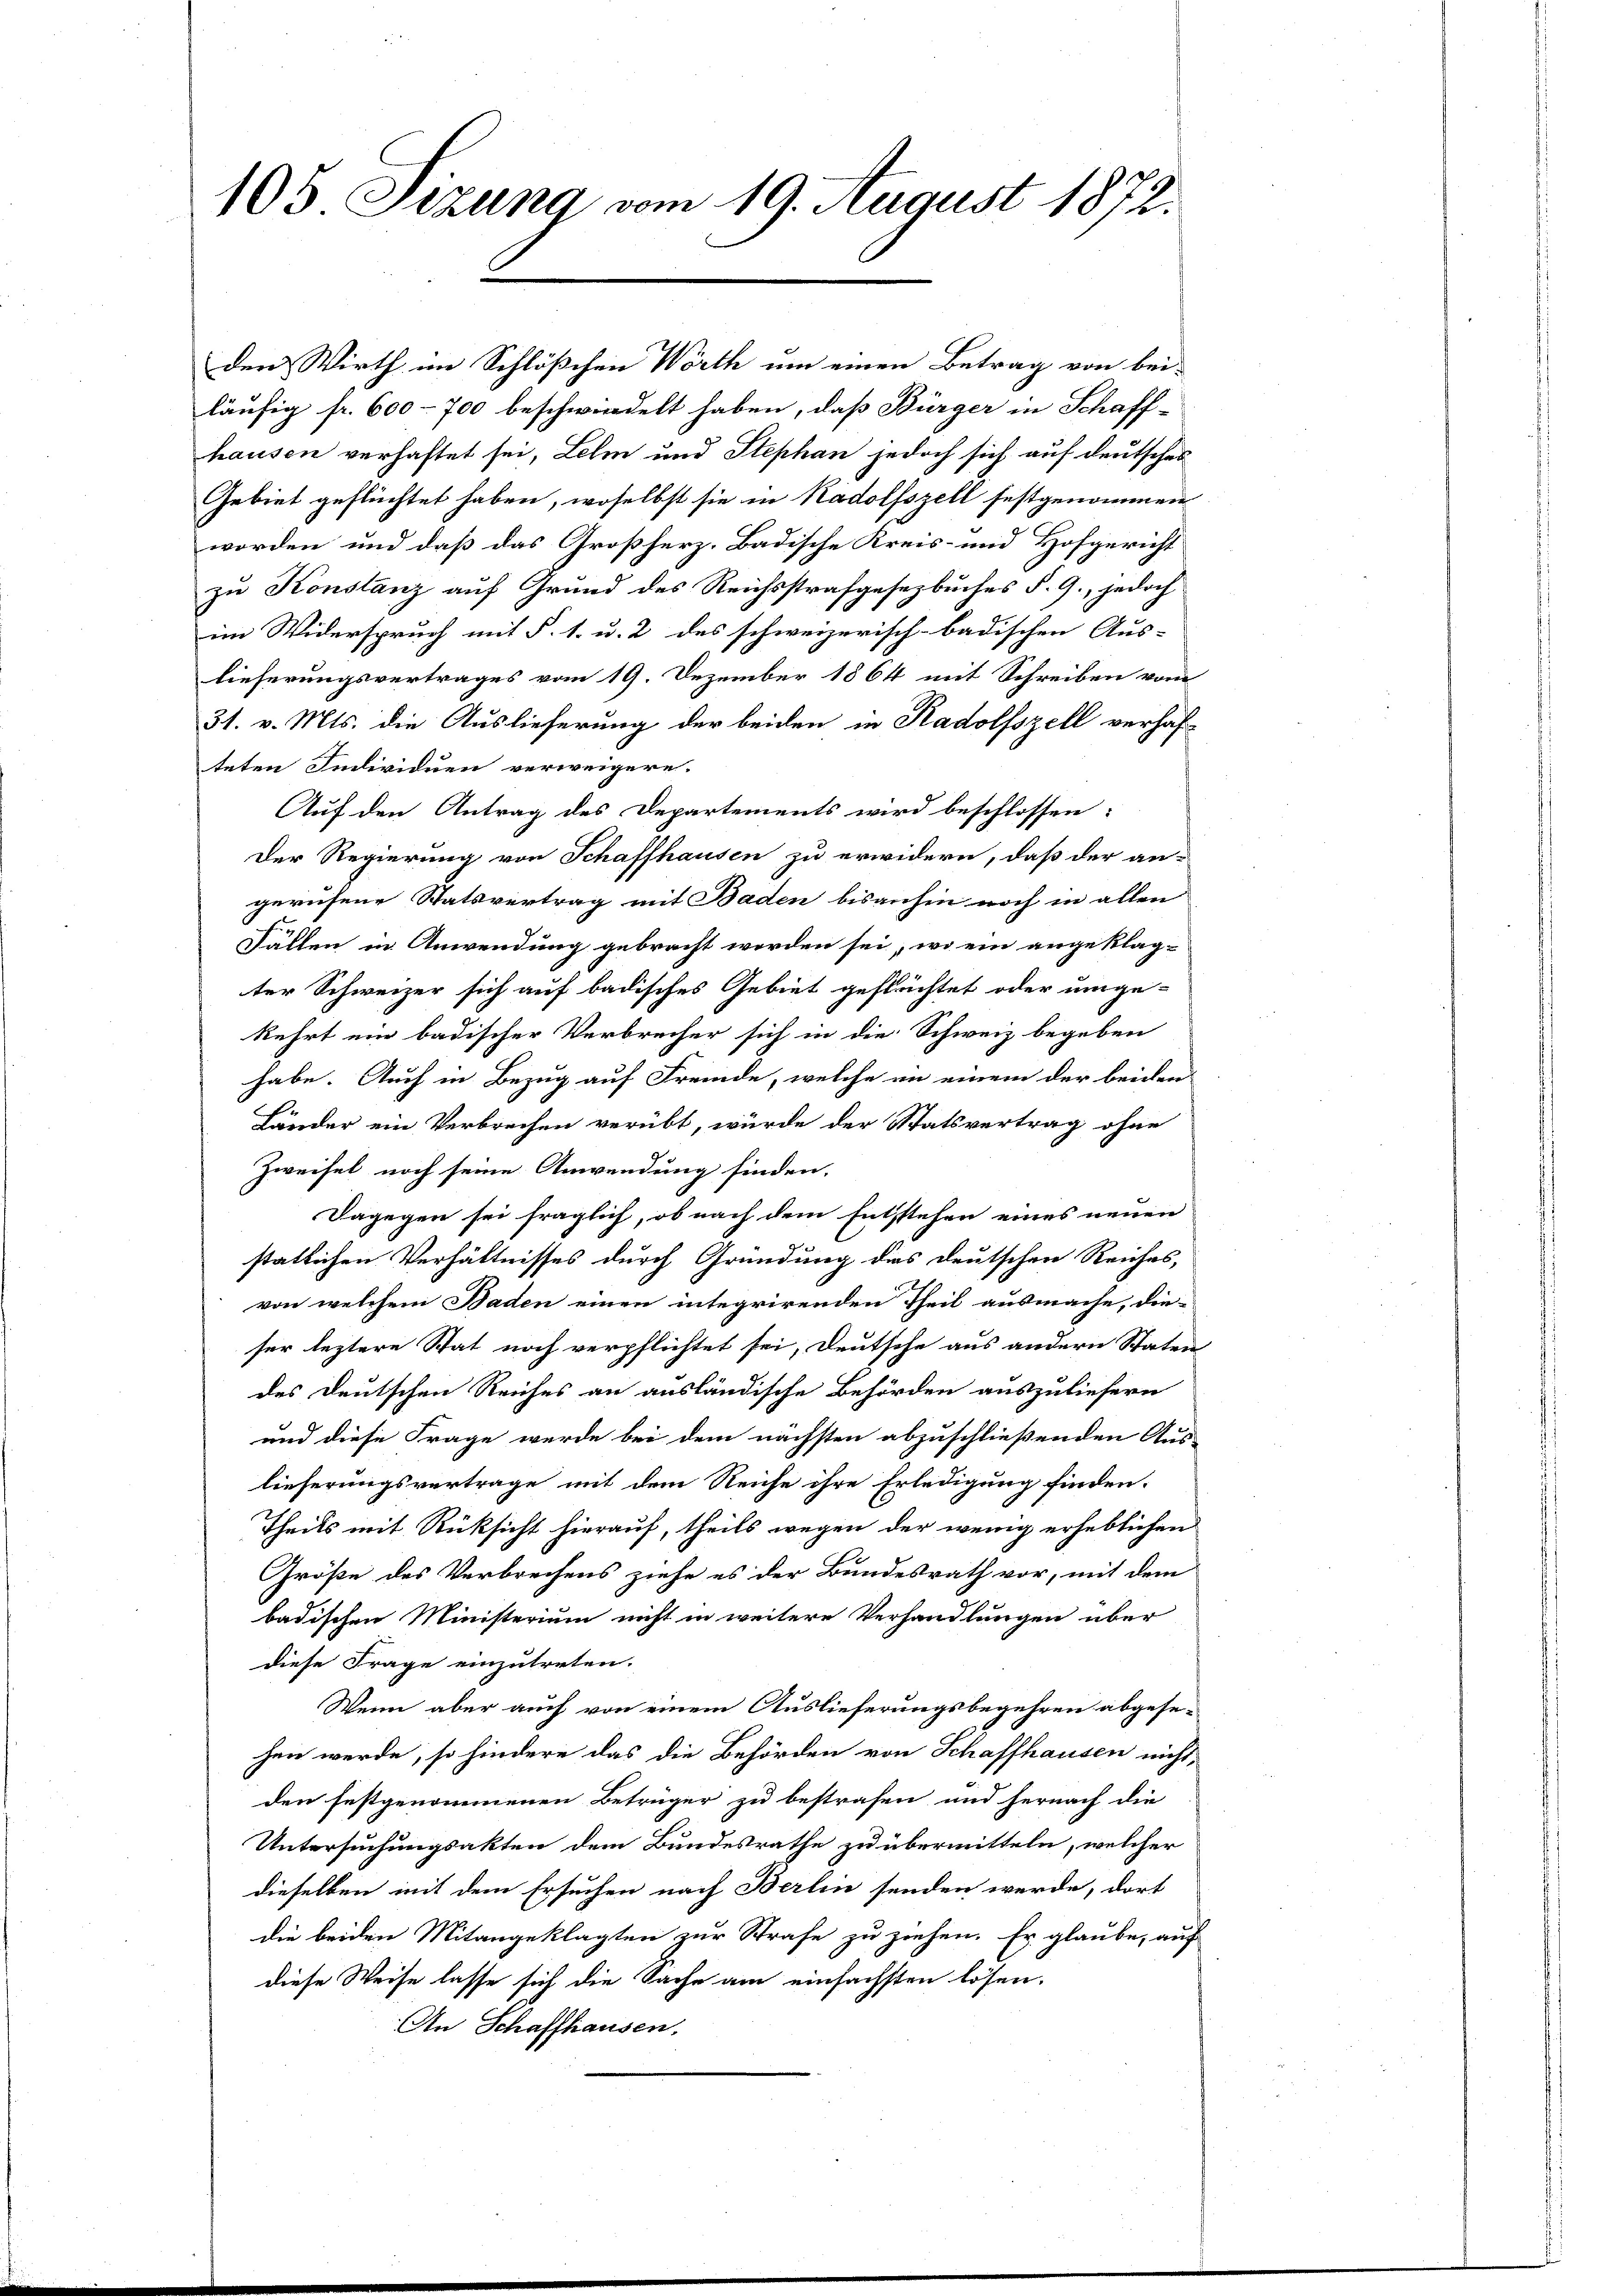
105 Sizung vom 19. August 1872.

läufig fr. 600 - 700 beschwindelt haben, daß Bürger in Schaff-
hausen verhaftet sei, Lehm und Stephan jedoch sich auf deutsches
Gebiet geflüchtet haben, woselbst sie in Radolfszell festgenommen
worden und daß das Großherz, Badische Kreis- und Hofgericht
zu Konstanz auf Grund des Reichsstrafgesetzbuches §. 9., jedoch
im Widerspruch mit §. 1. u. 2 des schweizerisch-badischen Aus-
lieferungsvertrages vom 19. Dezember 1864 mit Schreiben vom
31. v. Mts. die Auslieferung der beiden in Radolfszell verhafteten Individuen verweigern.
Auf den Antrag des Departements wird beschlossen:
Der Regierung von Schaffhausen zu erwidern, daß der an-
gerufene Statsvertrag mit Baden bisanhin noch in allen
Fällen in Anwendung gebracht worden sei, wo ein angeklag-
ter Schweizer sich auf badisches Gebiet geflüchtet oder umge-
kehrt ein badischer Verbrecher sich in die Schweiz begeben
habe. Auch in Bezug auf Fremde, welche in einem der beiden
Länder ein Verbrechen verübt, würde der Statsvertrag ohne
Zweifel noch seine Anwendung finden.
Dagegen sei fraglich, ob nach dem Entstehen eines neuen
stätlichen Verhältnisses durch Gründung dies deutschen Reiches,
von welchem Baden einen integrirenden Theil ausmache, die-
ser leztere Stat noch verpflichtet sei, deutsche aus andern Staten
des Deutschen Reiches an ausländische Behörden auszuliefern
und diese Frage wurde bei dem nächsten abzuschließenden Aus-
lieferungsvertrage mit dem Reiche ihre Erledigung finden.
Theils mit Rücksicht hierauf, theils wegen der wenig erheblichen
Größe des Verbrechens ziehe es der Bundesrath vor, mit dem
badischen Ministerium nicht in weitere Verhandlungen über
diese Frage einzutreten.
Wenn aber auch von einem Auslieferungsbegehren abgesehen werde, so hindere das die Behörden von Schaffhausen nicht,
den festgenommenen Betrüger zu bestrafen und hernach die
Untersuchungsakten dem Bundesrathe zu übermitteln, welcher
dieselben mit dem Ersuchen nach Berlin senden werde, dort
die beiden Mitangeklagten zur Strafe zu ziehen. Er glaube, auf
diese Weise lasse sich die Sache am einfachsten lösen.
An Schaffhausen.

den Wirth im Schlößchen Wörth um einen Betrag von bei